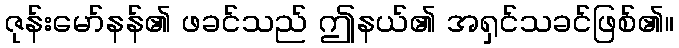
ဇုန်းမော်နန်၏ ဖခင်သည် ဤနယ်၏ အရှင်သခင်ဖြစ်၏။